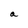
Character: a